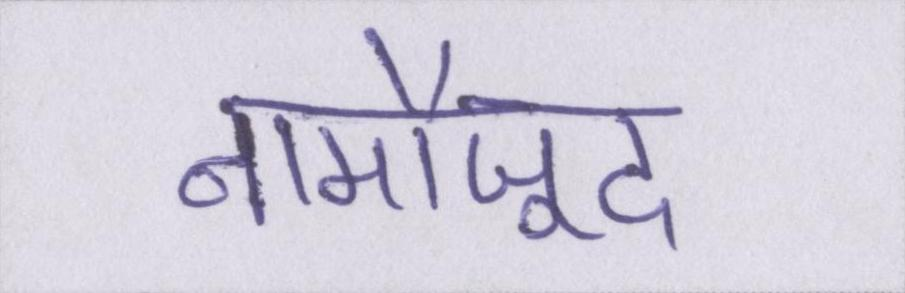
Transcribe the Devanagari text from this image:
नामौजूद